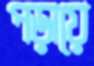
পড়ায়ে